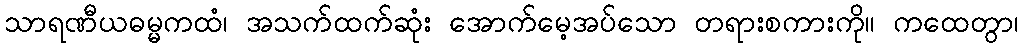
သာရဏီယဓမ္မကထံ၊ အသက်ထက်ဆုံး အောက်မေ့အပ်သော တရားစကားကို။ ကထေတွာ၊